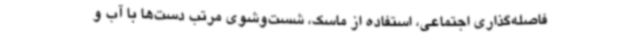
فاصله‌گذاری اجتماعی، استفاده از ماسک، شست‌وشوی مرتب دست‌ها با آب و